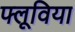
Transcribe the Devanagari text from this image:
फ्लूविया